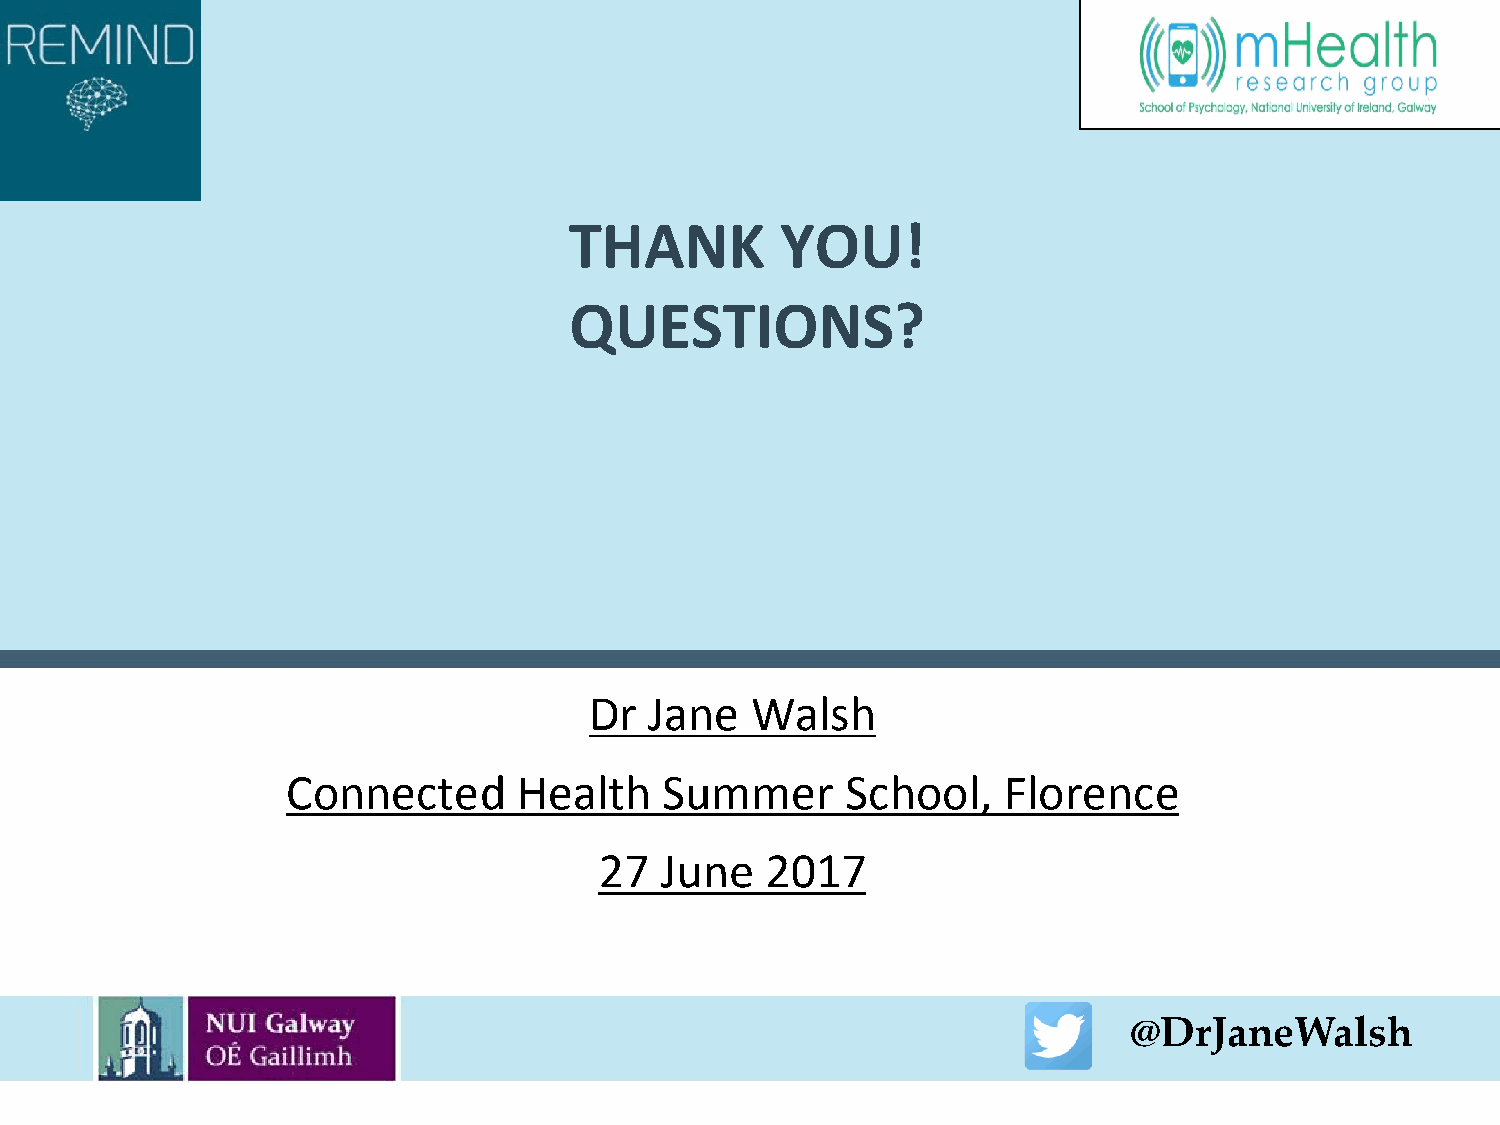
THANK         YOU!
 QUESTIONS?
 Dr  Jane   Walsh
 Connected      Health    Summer      School,   Florence
 27  June   2017
 @DrJaneWalsh